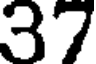
37